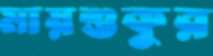
মায়শুকুর